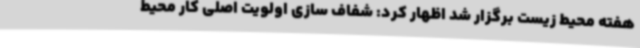
هفته محیط زیست برگزار شد اظهار کرد: شفاف سازی اولویت اصلی کار محیط